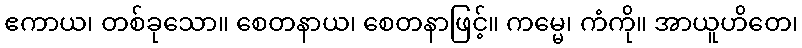
ဧကာယ၊ တစ်ခုသော။ စေတနာယ၊ စေတနာဖြင့်။ ကမ္မေ၊ ကံကို။ အာယူဟိတေ၊